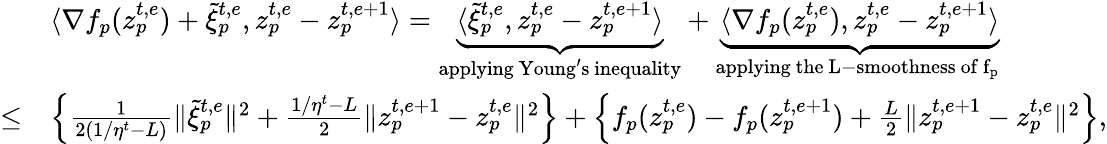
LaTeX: \begin{array}{rl}&{\langle\nabla f_{p}(z_{p}^{t,e})+\tilde{\xi}_{p}^{t,e},z_{p}^{t,e}-z_{p}^{t,e+1}\rangle=\underbrace{\langle\tilde{\xi}_{p}^{t,e},z_{p}^{t,e}-z_{p}^{t,e+1}\rangle}_{\mathrm{applying~Young's~inequality}}+\underbrace{\langle\nabla f_{p}(z_{p}^{t,e}),z_{p}^{t,e}-z_{p}^{t,e+1}\rangle}_{\mathrm{applying~the~L-smoothness~of~f_p~}}}\\ {\leq}&{\Big\{ \frac{1}{2(1/\eta^{t}-L)}\| \tilde{\xi}_{p}^{t,e}\| ^{2}+\frac{1/\eta^{t}-L}{2}\| z_{p}^{t,e+1}-z_{p}^{t,e}\| ^{2}\Big\} +\Big\{ f_{p}(z_{p}^{t,e})-f_{p}(z_{p}^{t,e+1})+\frac{L}{2}\| z_{p}^{t,e+1}-z_{p}^{t,e}\| ^{2}\Big\} ,}\end{array}